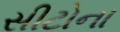
સીટોના